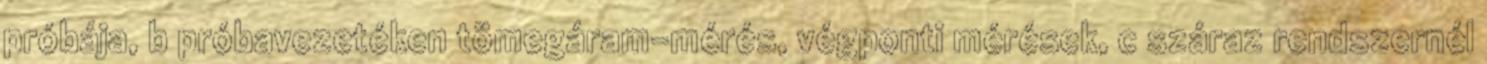
próbája, b próbavezetéken tömegáram-mérés, végponti mérések, c száraz rendszernél